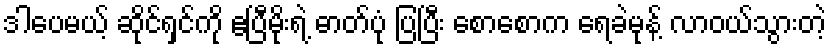
ဒါပေမယ့် ဆိုင်ရှင်ကို ဧပြီမိုးရဲ့ ဓာတ်ပုံ ပြပြီး စောစောက ရေခဲမုန့် လာဝယ်သွားတဲ့